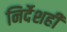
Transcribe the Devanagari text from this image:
निर्देशही